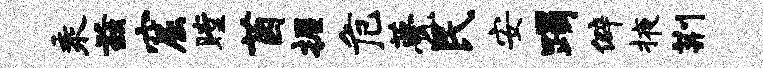
乘兹窟瞠茵握危甍民安躅僻掖荆